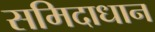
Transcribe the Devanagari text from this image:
समिदाधान